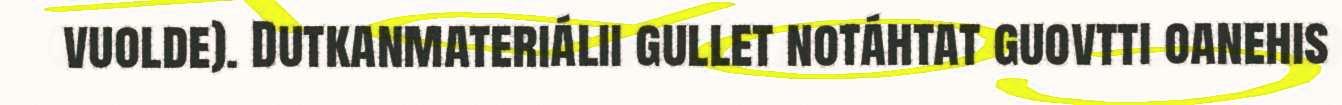
vuolde). Dutkanmateriálii gullet notáhtat guovtti oanehis